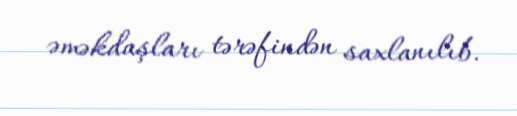
əməkdaşları tərəfindən saxlanılıb.